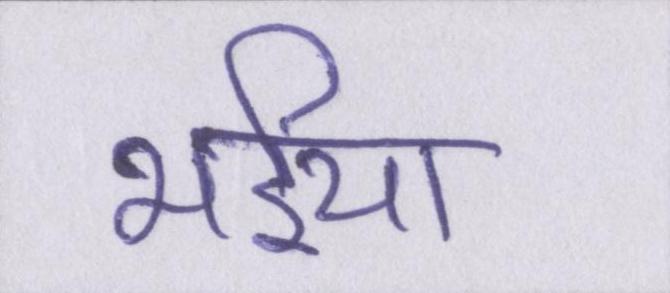
भईया